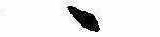
ゝ